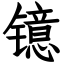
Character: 镱